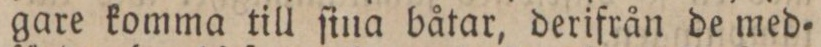
gare komma till ſina båtar, derifrån de med=